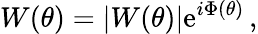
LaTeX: W(\theta)=|W(\theta)|\mathrm{e}^{i\Phi(\theta)}\, ,